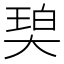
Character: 𰋨